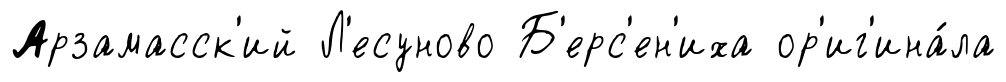
Арзамасск'ий Л'есуново Б'ерс'ен'иха ор'иг'ина́ла